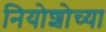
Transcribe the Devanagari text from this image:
नियोशोच्या